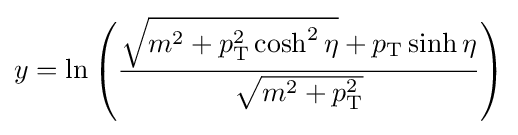
y=\ln \left({\frac {{\sqrt {m^{2}+p_{\text{T}}^{2}\cosh ^{2}\eta }}+p_{\text{T}}\sinh \eta }{\sqrt {m^{2}+p_{\text{T}}^{2}}}}\right)